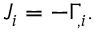
J _ { i } = - \Gamma _ { , i } .